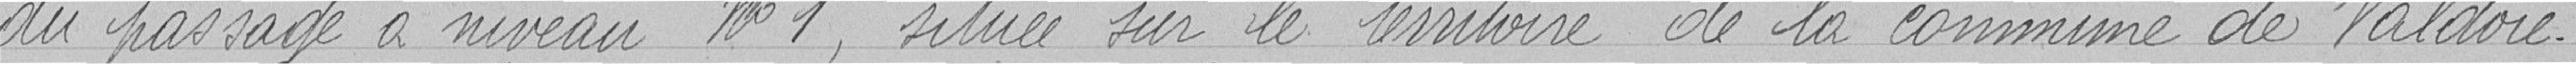
du passage à niveau n°1, située sur le territoire de la commune de Valdoie.